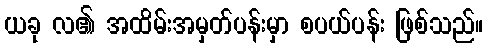
ယခု လ၏ အထိမ်းအမှတ်ပန်းမှာ စပယ်ပန်း ဖြစ်သည်။